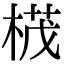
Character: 𣕚